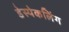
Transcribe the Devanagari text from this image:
डेस्पेकलिंग